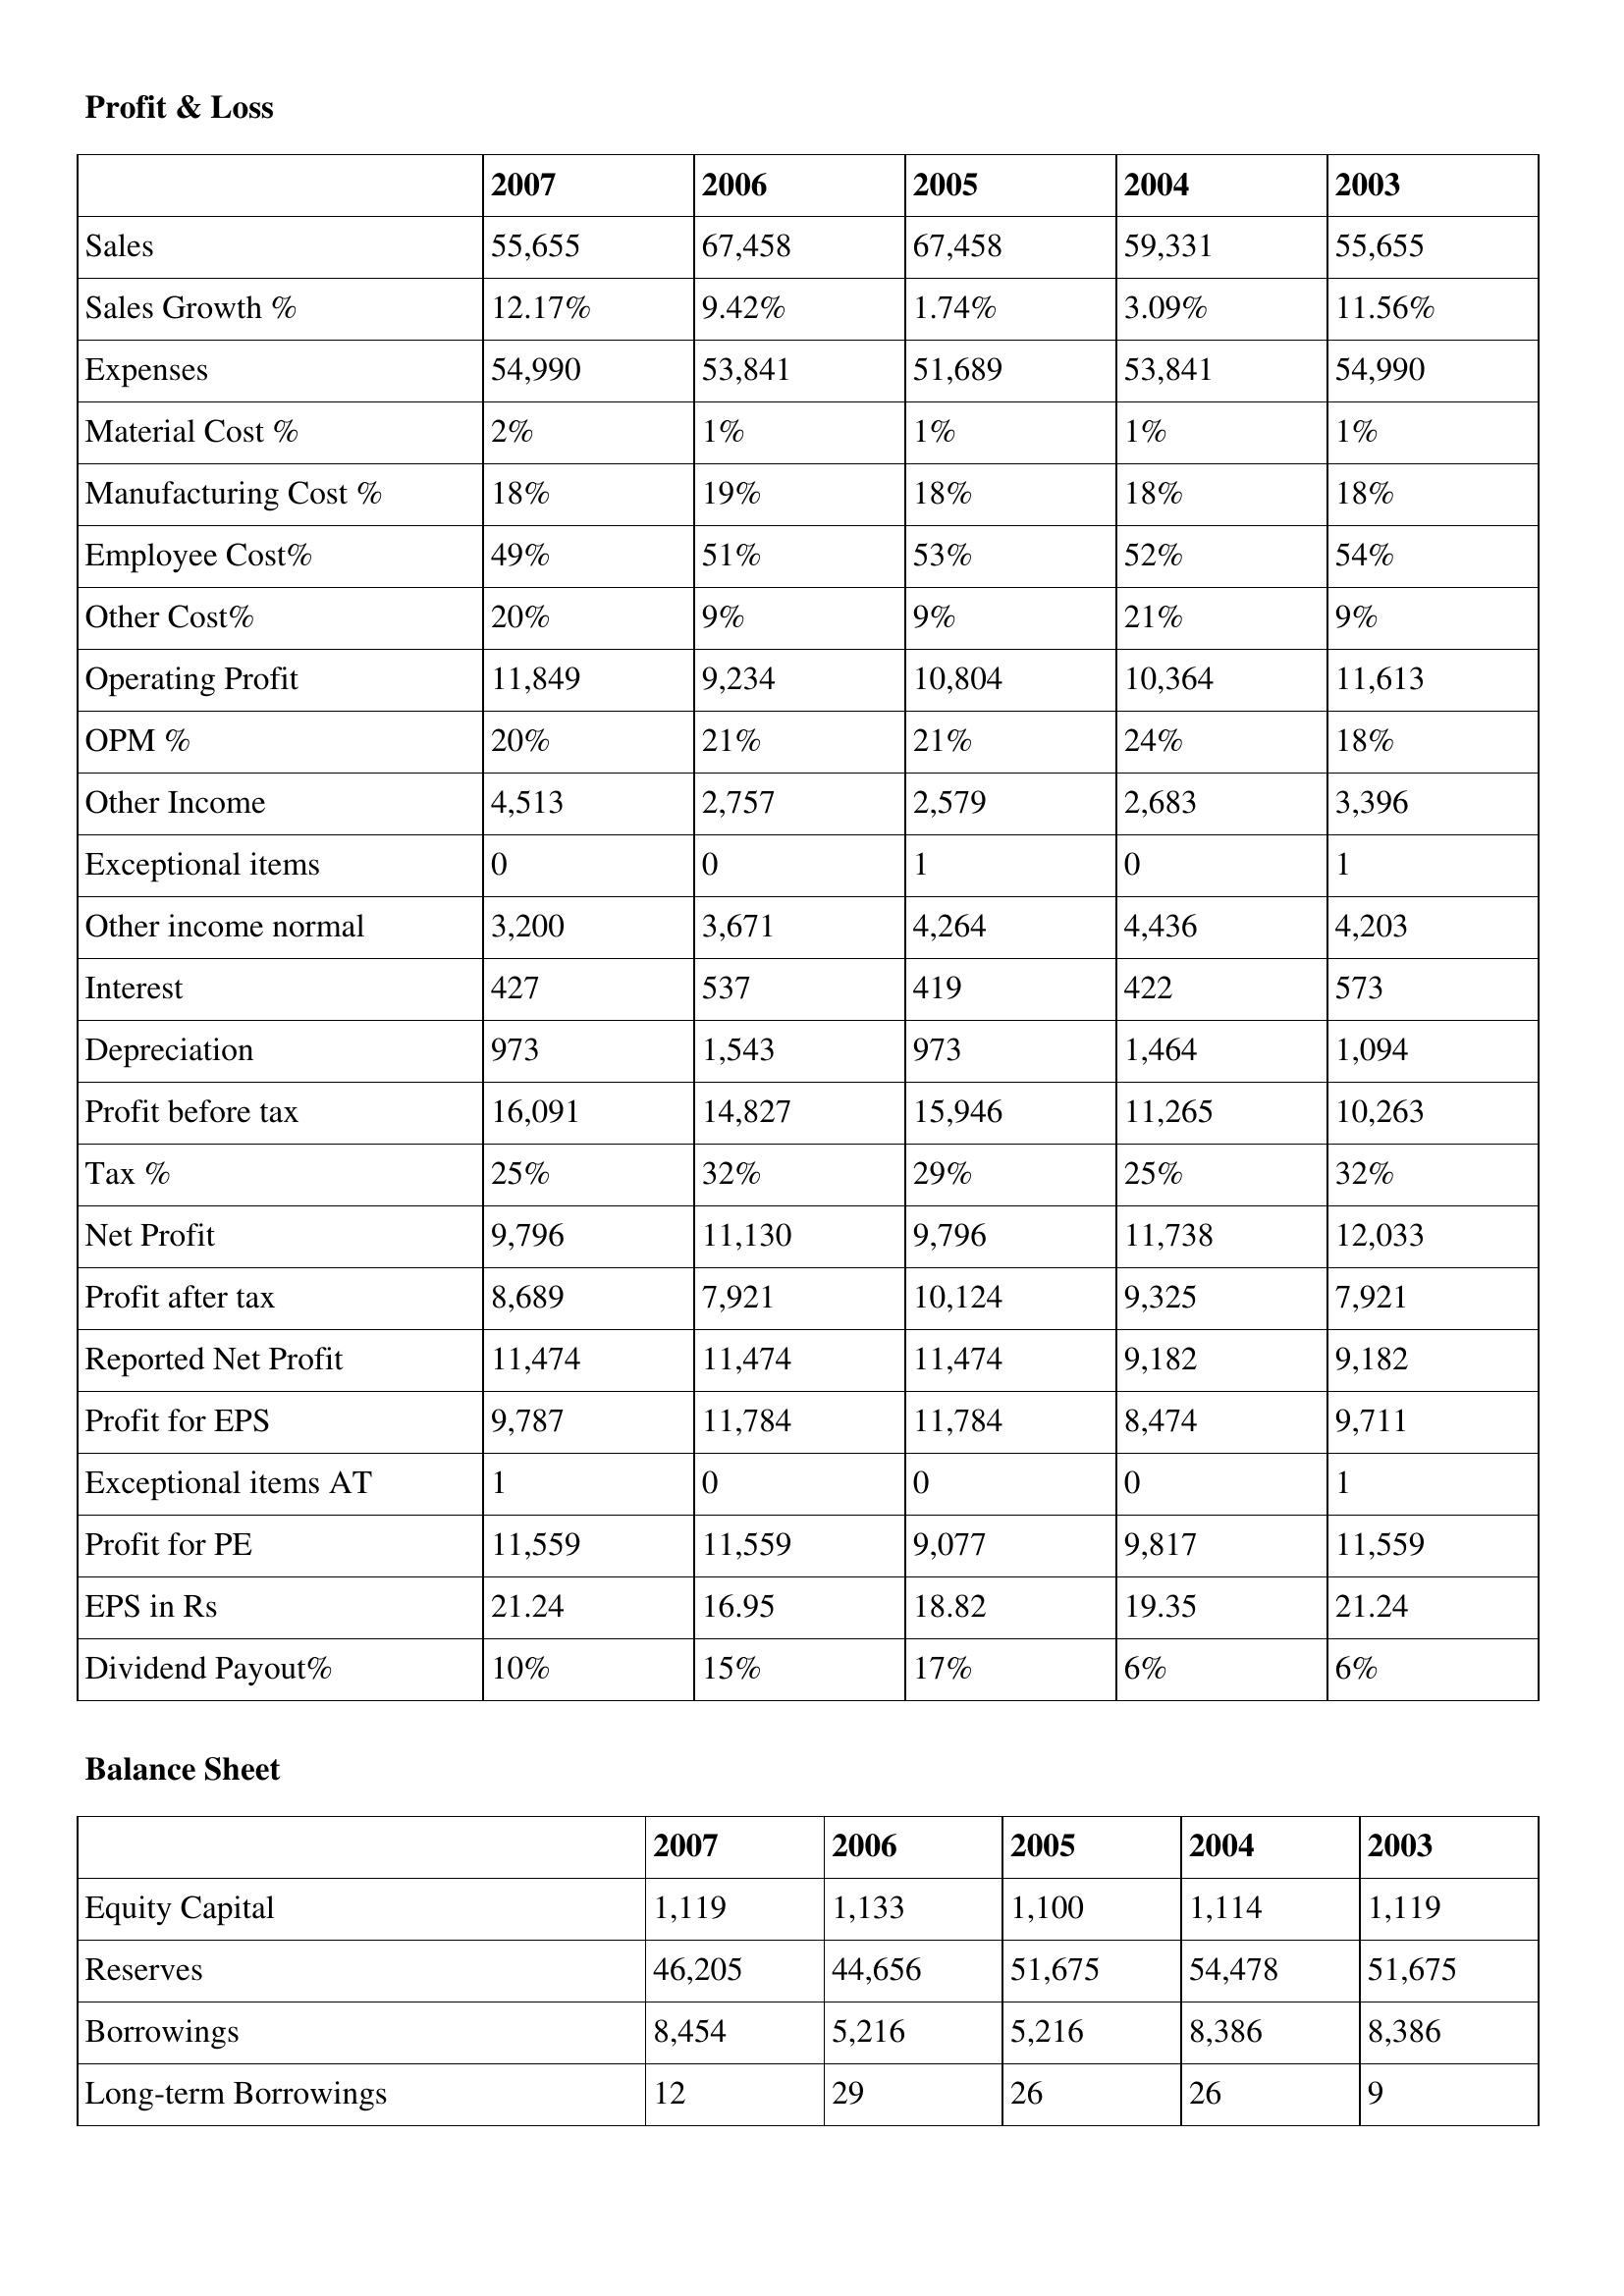
gt_parse: 2007: Profit & Loss: Sales: 55,655
Sales Growth %: 12.17%
Expenses: 54,990
Material Cost %: 2%
Manufacturing Cost %: 18%
Employee Cost%: 49%
Other Cost%: 20%
Operating Profit: 11,849
OPM %: 20%
Other Income: 4,513
Exceptional items: 0
Other income normal: 3,200
Interest: 427
Depreciation: 973
Profit before tax: 16,091
Tax %: 25%
Net Profit: 9,796
Profit after tax: 8,689
Reported Net Profit: 11,474
Profit for EPS: 9,787
Exceptional items AT: 1
Profit for PE: 11,559
EPS in Rs: 21.24
Dividend Payout%: 10%
Balance Sheet: Equity Capital: 1,119
Reserves: 46,205
Borrowings: 8,454
Long-term Borrowings: 12
2006: Profit & Loss: Sales: 67,458
Sales Growth %: 9.42%
Expenses: 53,841
Material Cost %: 1%
Manufacturing Cost %: 19%
Employee Cost%: 51%
Other Cost%: 9%
Operating Profit: 9,234
OPM %: 21%
Other Income: 2,757
Exceptional items: 0
Other income normal: 3,671
Interest: 537
Depreciation: 1,543
Profit before tax: 14,827
Tax %: 32%
Net Profit: 11,130
Profit after tax: 7,921
Reported Net Profit: 11,474
Profit for EPS: 11,784
Exceptional items AT: 0
Profit for PE: 11,559
EPS in Rs: 16.95
Dividend Payout%: 15%
Balance Sheet: Equity Capital: 1,133
Reserves: 44,656
Borrowings: 5,216
Long-term Borrowings: 29
2005: Profit & Loss: Sales: 67,458
Sales Growth %: 1.74%
Expenses: 51,689
Material Cost %: 1%
Manufacturing Cost %: 18%
Employee Cost%: 53%
Other Cost%: 9%
Operating Profit: 10,804
OPM %: 21%
Other Income: 2,579
Exceptional items: 1
Other income normal: 4,264
Interest: 419
Depreciation: 973
Profit before tax: 15,946
Tax %: 29%
Net Profit: 9,796
Profit after tax: 10,124
Reported Net Profit: 11,474
Profit for EPS: 11,784
Exceptional items AT: 0
Profit for PE: 9,077
EPS in Rs: 18.82
Dividend Payout%: 17%
Balance Sheet: Equity Capital: 1,100
Reserves: 51,675
Borrowings: 5,216
Long-term Borrowings: 26
2004: Profit & Loss: Sales: 59,331
Sales Growth %: 3.09%
Expenses: 53,841
Material Cost %: 1%
Manufacturing Cost %: 18%
Employee Cost%: 52%
Other Cost%: 21%
Operating Profit: 10,364
OPM %: 24%
Other Income: 2,683
Exceptional items: 0
Other income normal: 4,436
Interest: 422
Depreciation: 1,464
Profit before tax: 11,265
Tax %: 25%
Net Profit: 11,738
Profit after tax: 9,325
Reported Net Profit: 9,182
Profit for EPS: 8,474
Exceptional items AT: 0
Profit for PE: 9,817
EPS in Rs: 19.35
Dividend Payout%: 6%
Balance Sheet: Equity Capital: 1,114
Reserves: 54,478
Borrowings: 8,386
Long-term Borrowings: 26
2003: Profit & Loss: Sales: 55,655
Sales Growth %: 11.56%
Expenses: 54,990
Material Cost %: 1%
Manufacturing Cost %: 18%
Employee Cost%: 54%
Other Cost%: 9%
Operating Profit: 11,613
OPM %: 18%
Other Income: 3,396
Exceptional items: 1
Other income normal: 4,203
Interest: 573
Depreciation: 1,094
Profit before tax: 10,263
Tax %: 32%
Net Profit: 12,033
Profit after tax: 7,921
Reported Net Profit: 9,182
Profit for EPS: 9,711
Exceptional items AT: 1
Profit for PE: 11,559
EPS in Rs: 21.24
Dividend Payout%: 6%
Balance Sheet: Equity Capital: 1,119
Reserves: 51,675
Borrowings: 8,386
Long-term Borrowings: 9